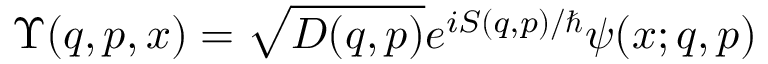
\Upsilon ( q , p , x ) = \sqrt { D ( q , p ) } e ^ { i S ( q , p ) / \hbar } \psi ( x ; q , p )